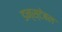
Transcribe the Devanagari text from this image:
डन्स्टेबल